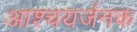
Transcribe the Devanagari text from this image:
आश्चयर्जनक